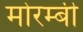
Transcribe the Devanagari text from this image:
मोरम्बी